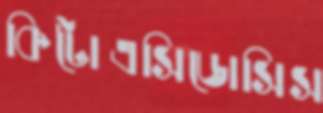
কিটোএসিডোসিস